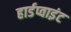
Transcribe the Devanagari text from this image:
हार्डप्वाइंट